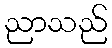
ညာသည်